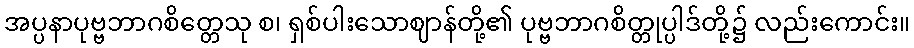
အပ္ပနာပုဗ္ဗဘာဂစိတ္တေသု စ၊ ရှစ်ပါးသောဈာန်တို့၏ ပုဗ္ဗဘာဂစိတ္တုပ္ပါဒ်တို့၌ လည်းကောင်း။